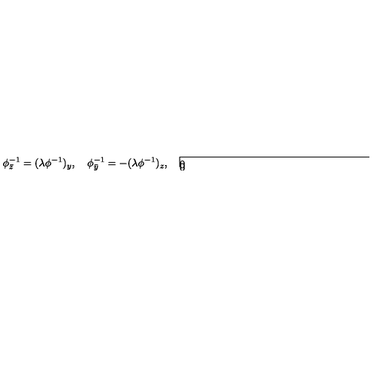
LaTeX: \phi _ { \bar { z } } ^ { - 1 } = ( \lambda \phi ^ { - 1 } ) _ { y } , \quad \phi _ { \bar { y } } ^ { - 1 } = - ( \lambda \phi ^ { - 1 } ) _ { z } , \quad \framebox ( 1 0 , 1 0 ) { } \phi ^ { - 1 } = 0